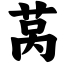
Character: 莴